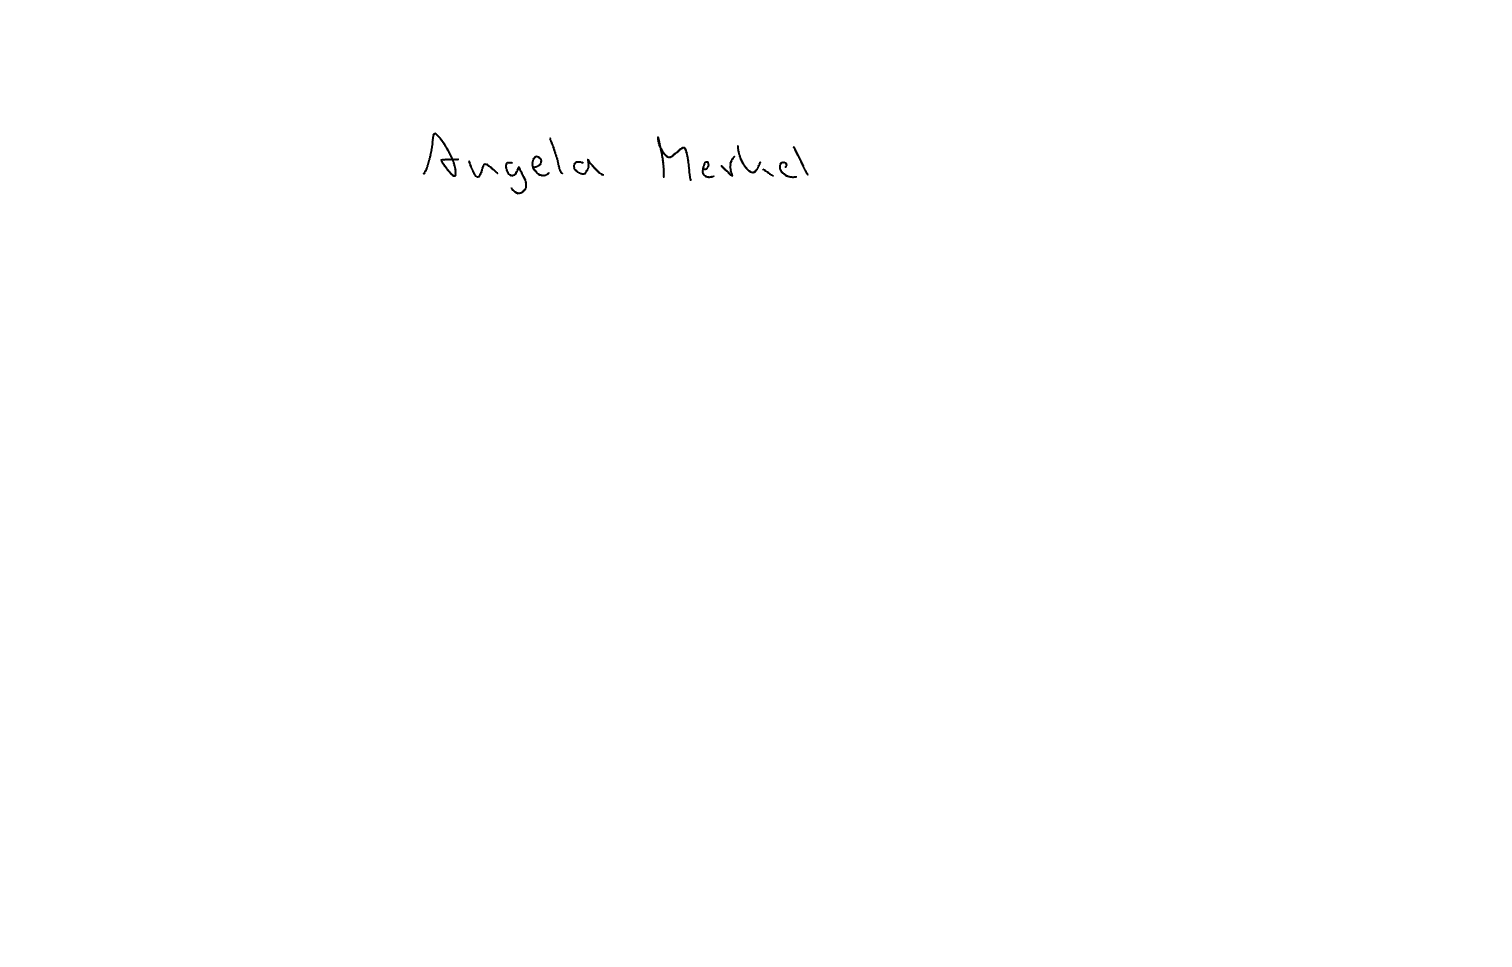
Text: Angela Merkel